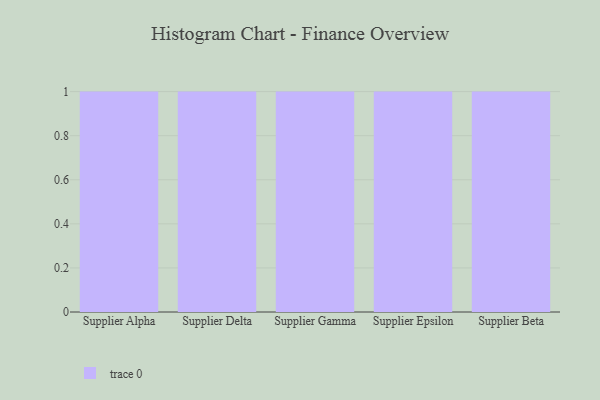
{"axis": {"x": "Supplier", "y": "Active Users"}, "legend": [""], "data": [{"x": "Supplier Alpha", "y": 99, "type": ""}, {"x": "Supplier Delta", "y": 83, "type": ""}, {"x": "Supplier Gamma", "y": 6, "type": ""}, {"x": "Supplier Epsilon", "y": 33, "type": ""}, {"x": "Supplier Beta", "y": 27, "type": ""}]}